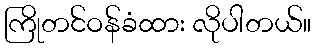
ကြိုတင်ဝန်ခံထား လိုပါတယ်။